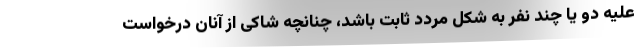
علیه دو یا چند نفر به شکل مردد ثابت باشد، چنانچه شاکی از آنان درخواست